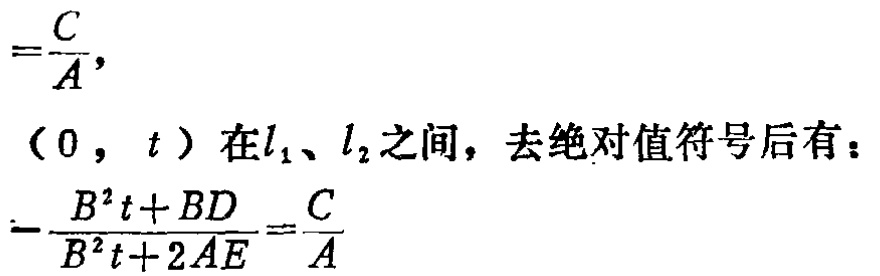
\[
=\frac{C}{A},
\]
\((0, t)\) 在\(l_1\)、\(l_2\)之间，去绝对值符号后有：
\[
-\frac{B^{2}t + BD}{B^{2}t + 2AE}=\frac{C}{A}
\]